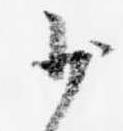
少